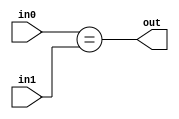
module coreir_eq #(
    parameter width = 1
) (
    input [width-1:0] in0,
    input [width-1:0] in1,
    output out
);
  assign out = in0 == in1;
endmodule

module corebit_not (
    input in,
    output out
);
  assign out = ~in;
endmodule

module NE2 (
    input [1:0] I0,
    input [1:0] I1,
    output O
);
wire coreir_eq_2_inst0_out;
wire not_inst0_out;
coreir_eq #(
    .width(2)
) coreir_eq_2_inst0 (
    .in0(I0),
    .in1(I1),
    .out(coreir_eq_2_inst0_out)
);
corebit_not not_inst0 (
    .in(coreir_eq_2_inst0_out),
    .out(not_inst0_out)
);
assign O = not_inst0_out;
endmodule